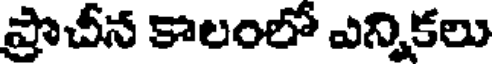
ప్రాచీన కాలంలో ఎన్నికలు